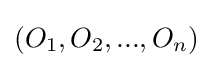
(O_{1},O_{2},...,O_{n})